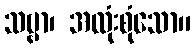
သဗ္ဗာ၊ အလုံးစုံသော။